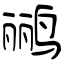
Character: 鹂